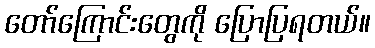
တော်ကြောင်းတွေကို ပြောပြရတယ်။